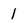
Character: 1